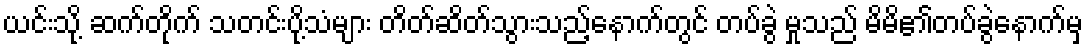
ယင်းသို့ ဆက်တိုက် သတင်းပို့သံများ တိတ်ဆိတ်သွားသည့်နောက်တွင် တပ်ခွဲ မှုသည် မိမိ၏တပ်ခွဲနောက်မှ